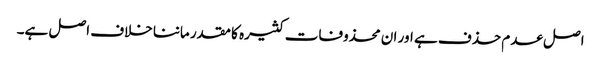
اصل عدم حذف ہے اور ان محذوفات کثیرہ کا مقدر ماننا خلاف اصل ہے۔